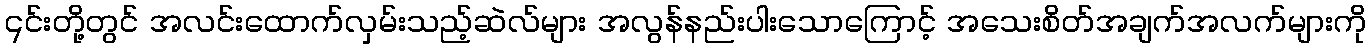
၎င်းတို့တွင် အလင်းထောက်လှမ်းသည့်ဆဲလ်များ အလွန်နည်းပါးသောကြောင့် အသေးစိတ်အချက်အလက်များကို